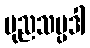
ပုညသမ္ပဒါ